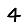
Digit: 4